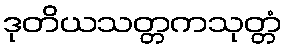
ဒုတိယသတ္တကသုတ္တံ